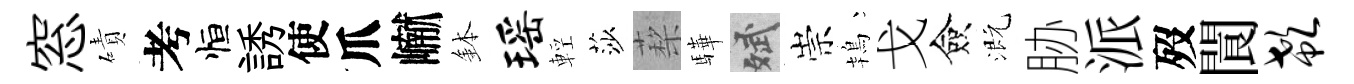
窓磧考恒誘使爪𪩘鉢瑶輕莎蔾驊斌崇鴇戈僉溉胁派歿閬欷